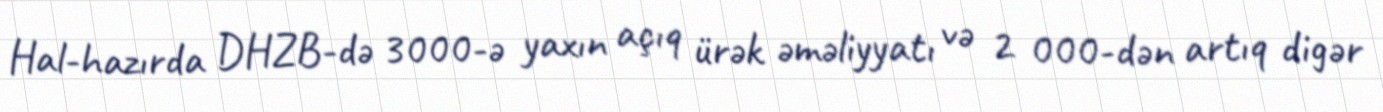
Hal-hazırda DHZB-də 3000-ə yaxın açıq ürək əməliyyatı və 2 000-dən artıq digər